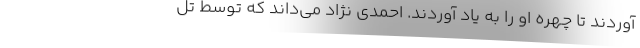
آوردند تا چهره او را به یاد آوردند. احمدی نژاد می‌داند که توسط تل